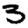
Digit: 3